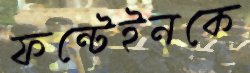
ফন্টেইনকে